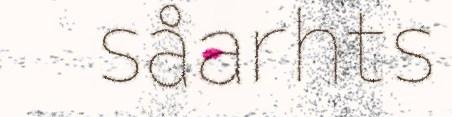
såarhts